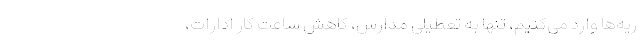
ریه‌ها وارد می‌کنیم، تنها به تعطیلی مدارس،‌ کاهش ساعت کار ادارات،‌